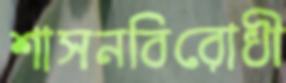
শাসনবিরোধী